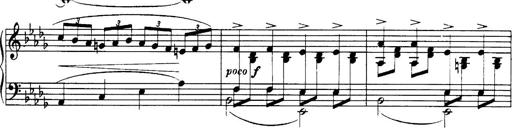
Title: 3 Sonatinas, Op.67
Composer: Jean Sibelius